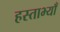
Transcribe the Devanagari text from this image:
हस्ताभ्याँ